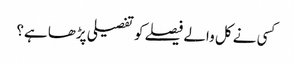
کسی نے کل والے فیصلے کو تفصیلی پڑھا ہے؟